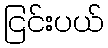
ငြင်းပယ်